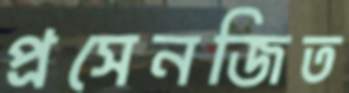
প্রসেনজিত